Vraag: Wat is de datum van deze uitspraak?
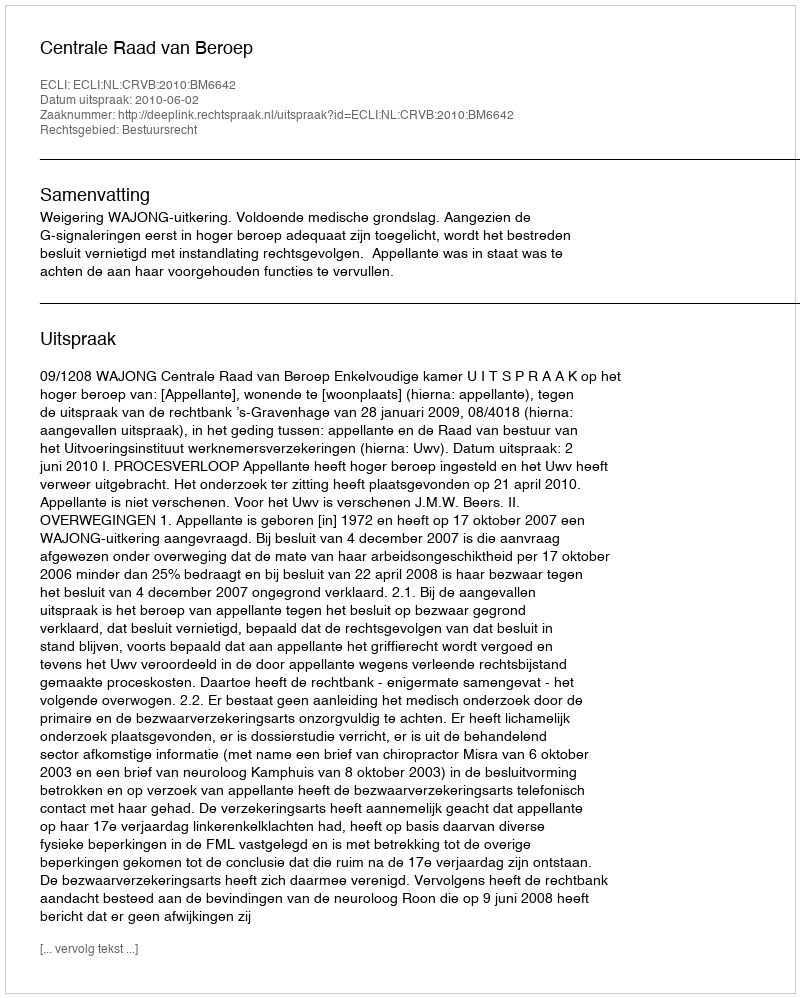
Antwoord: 2010-06-02